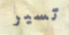
تسير